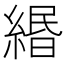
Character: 緡